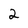
Character: 2